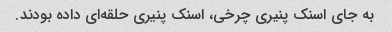
به جای اسنک پنیری چرخی، اسنک پنیری حلقه‌ای داده بودند.